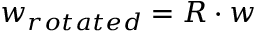
w _ { r o t a t e d } = R \cdot w